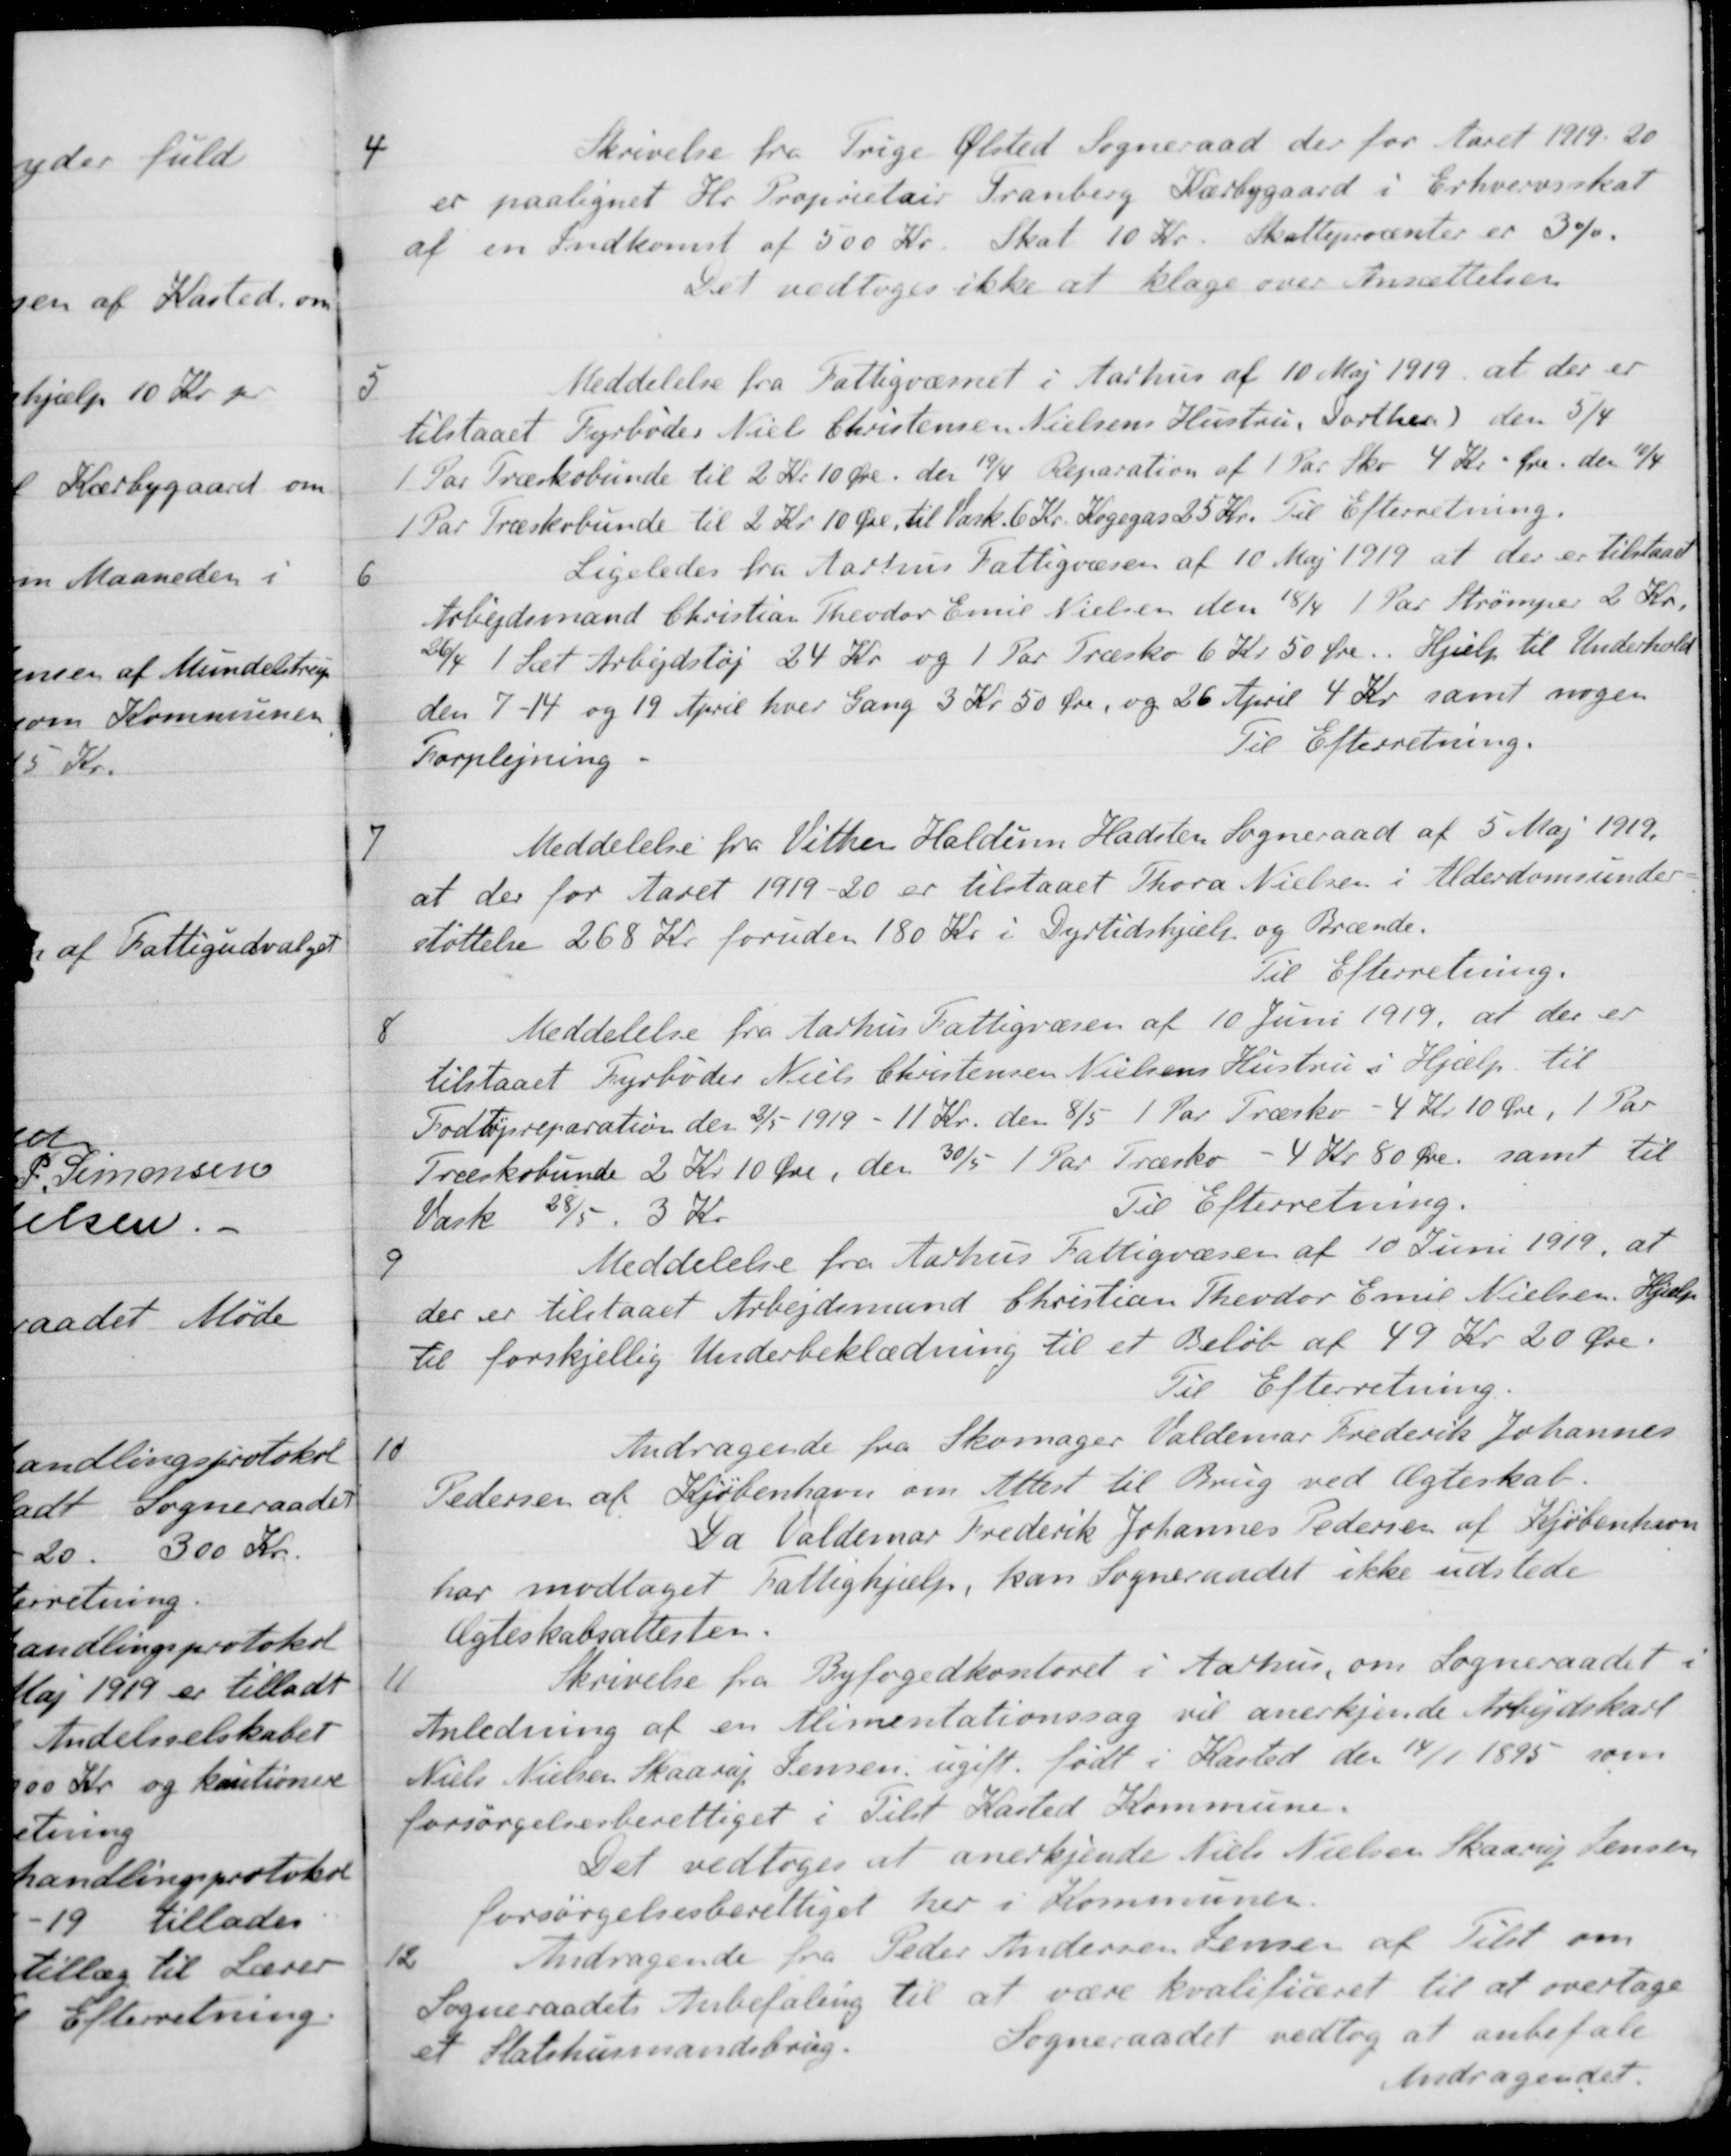
Transskription:
4
Skrivelse fra Trige Ølsted Sogneraad der for Aaret 1919-20
er paalignet Hr. Proprietair Tranberg Kærbygaard i Erhvervsskat
af en Indkomst af 500 Kr. Skat 10 Kr. Skatteprocenter er 3 %.
Det vedtoges ikke at klage over Ansættelser
5
Meddelelse fra Fattigvæsnet i Aarhus af 10 Maj 1919, at der er
tilstaaet Fyrbøder Niels Christensen Nielsens Hustru, Dorthea ) den 5/4
1 Par Træskobunde til 2 Kr 10 Øre den 19/4 Reparation af 1 Par Sko 4 Kr. Øre den 10/4
1 Par Træskobunde til 2 Kr 10 Øre, til Vask. 6 Kr. Kogegas 25 Kr. Til Efterretning.
6
Ligeledes fra Aarhus Fattigvæsen af 10 Maj 1919 at der er tilstaaet
Arbejdsmand Christian Theodor Emil Nielsen den 18/4 1 Par Strømper 2 Kr.
26/4 1 Sæt Arbejdsløj 24 Kr. og 1 Par Træsko 6 Kr. 50 Øre. Hjælp til Underhold
den 7 - 14 og 19 April hver Gang 3 Kr 50 Øre, og 26 April 4 Kr. samt nogen
Forplejning
Til Efterretning.
7
Meddelelse fra Vithen Haldum Hadsten Sogneraad af 5 Maj 1919.
at der for Aaret 1919-20 er tilstaaet Thora Nielsen i Alderdomsunder-
støttelse 268 Kr foruden 180 Kr i Dyrtidshjælp og Brænde.
Til Efterretning.
8
Meddelelse fra Aarhus Fattigvæsen af 10 Juni 1919, at der er
tilstaaet Fyrbøder Niels Christensen Nielsens Hustru i Hjælp til
Fodtøjereparation den 2/5 1919 - 11 Kr. den 8/5 1 Par Træsko - 4 Kr 10 Øre, 1 Par
Træskobunde 2 Kr 10 Øre, den 30/5 1 Par Træsko - 4 Kr. 80 Øre, samt til 
Vask 28/5. 3 Kr.
Til Efterretning.
9
Meddelelse fra Aarhus Fattigvæsen af 10 Juni 1919, at
der er tilstaaet Arbejdsmand Christian Theodor Emil Nielsen, Hjælp
til forskjellig Underbeklædning til et Beløb af 49 Kr. 20 Øre.
Til Efterretning.
10
Andragende fra Skomager Valdemar Frederik Johannes
Pedersen af Kjøbenhavn om Attest til Brug ved Ægteskab.
Da Valdemar Frederik Johannes Pedersen af Kjøbenhavn
har modtaget Fattighjælp, kan Sogneraadet ikke udstede
Ægteskabsattesten.
11
Skrivelse fra Byfogedkontoret i Aarhus, om Sogneraadet i
Anledning af en Alimentationssag vil anerkjende Arbejdskarl
Niels Nielsen Skaarup Jensen ugift, født i Kasted den 14/1 1895 som
forsørgelsesberettiget i Tilst Kasted Kommune.
Det vedtoges at anerkjende Niels Nielsen Skaarup Jensen
forsørgelsesberettiget her i Kommunen.
12
Andragende fra Peder Andersen Jensen af Tilst om
Sogneraadets Anbefaling til at være kvalificeret til at overtage
et Statshusmandskrig.
Sogneraadet vedtog at anbefale
Andragendet.